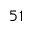
5 1